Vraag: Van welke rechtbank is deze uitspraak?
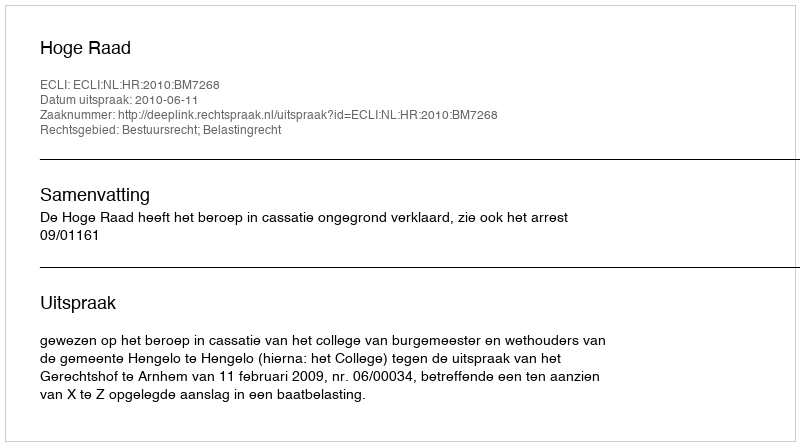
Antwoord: Hoge Raad